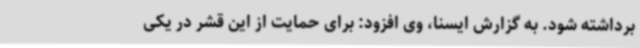
برداشته شود. به گزارش ایسنا، وی افزود: برای حمایت از این قشر در یکی